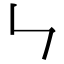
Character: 𠃑